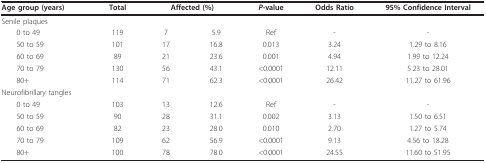
<table><thead><tr><td><b>Age group (years)</b></td><td><b>Total</b></td><td colspan="2"><b>Affected (%)</b></td><td><b><i>P-</i>value</b></td><td><b>Odds Ratio</b></td><td><b>95% Confidence Interval</b></td></tr></thead><tbody><tr><td colspan="7">Senile plaques</td></tr><tr><td> 0 to 49</td><td>119</td><td>7</td><td>5.9</td><td>Ref</td><td>-</td><td>-</td></tr><tr><td> 50 to 59</td><td>101</td><td>17</td><td>16.8</td><td>0.013</td><td>3.24</td><td>1.29 to 8.16</td></tr><tr><td> 60 to 69</td><td>89</td><td>21</td><td>23.6</td><td>0.001</td><td>4.94</td><td>1.99 to 12.24</td></tr><tr><td> 70 to 79</td><td>130</td><td>56</td><td>43.1</td><td>&lt;0.0001</td><td>12.11</td><td>5.23 to 28.01</td></tr><tr><td> 80+</td><td>114</td><td>71</td><td>62.3</td><td>&lt;0.0001</td><td>26.42</td><td>11.27 to 61.96</td></tr><tr><td colspan="7">Neurofibrillary tangles</td></tr><tr><td> 0 to 49</td><td>103</td><td>13</td><td>12.6</td><td>Ref</td><td>-</td><td>-</td></tr><tr><td> 50 to 59</td><td>90</td><td>28</td><td>31.1</td><td>0.002</td><td>3.13</td><td>1.50 to 6.51</td></tr><tr><td> 60 to 69</td><td>82</td><td>23</td><td>28.0</td><td>0.010</td><td>2.70</td><td>1.27 to 5.74</td></tr><tr><td> 70 to 79</td><td>109</td><td>62</td><td>56.9</td><td>&lt;0.0001</td><td>9.13</td><td>4.56 to 18.28</td></tr><tr><td> 80+</td><td>100</td><td>78</td><td>78.0</td><td>&lt;0.0001</td><td>24.55</td><td>11.60 to 51.95</td></tr></tbody></table>